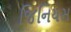
જિનિયસ